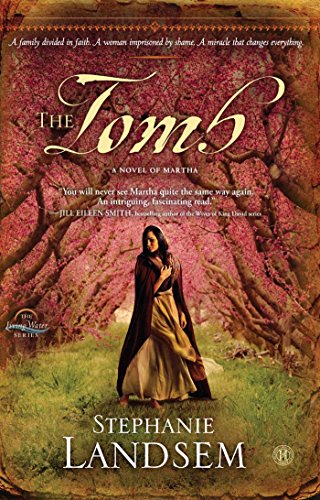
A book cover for The Tomb: A Novel of Martha (The Living Water Series); Stephanie Landsem; Romance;